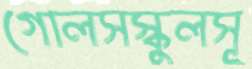
গোলসস্কুলসূ